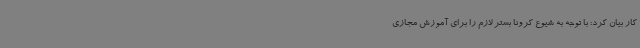
کار بیان کرد: با توجه به شیوع کرونا بستر لازم را برای آموزش مجازی